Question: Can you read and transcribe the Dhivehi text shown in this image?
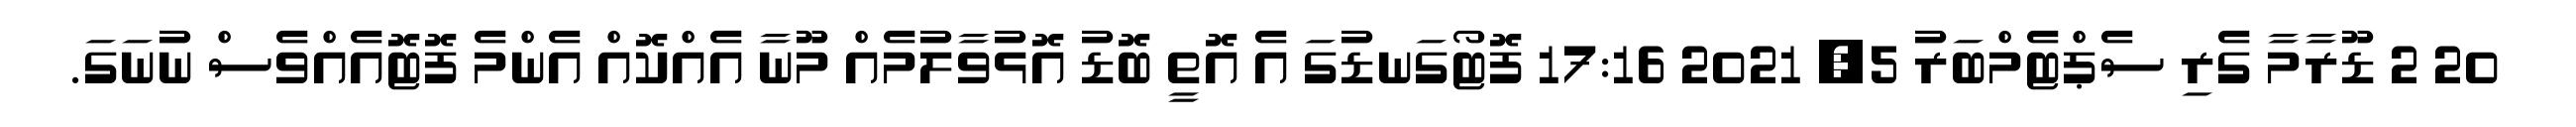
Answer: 20 2 ޑޫރާމާ ގެރި ސެޕްޓެމްބަރު 5, 2021 17:16 ފޮޓޯގަނޑުގަ އެ އޮތީ ބޮޑު އޮޅުވާލުމެއް މޫނާ އެއްކޮއް އެންމެ ފޮޓޮއެއްވެސް ނުނަގަ.